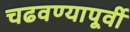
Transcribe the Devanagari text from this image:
चढवण्यापूर्वी